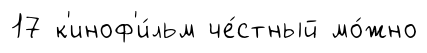
17 к'иноф'и́льм че́стный мо́жно